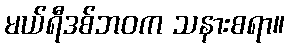
မယ်ရီဒစ်ဘဝက သနားစရာ။